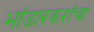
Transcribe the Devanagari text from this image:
भांडारकरांचा